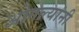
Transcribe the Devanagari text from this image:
ओगल्यांनी